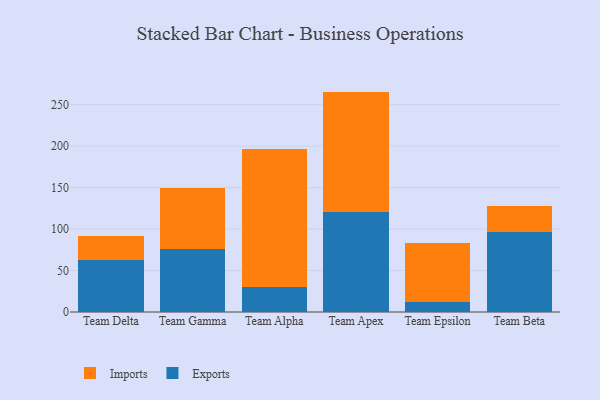
{"axis": {"x": "Team", "y": "Latency (ms)"}, "legend": ["Exports", "Imports"], "data": [{"x": "Team Delta", "y": 63.2, "type": "Exports"}, {"x": "Team Delta", "y": 28.8, "type": "Imports"}, {"x": "Team Gamma", "y": 76.1, "type": "Exports"}, {"x": "Team Gamma", "y": 73.5, "type": "Imports"}, {"x": "Team Alpha", "y": 30.0, "type": "Exports"}, {"x": "Team Alpha", "y": 166.4, "type": "Imports"}, {"x": "Team Apex", "y": 120.5, "type": "Exports"}, {"x": "Team Apex", "y": 145.3, "type": "Imports"}, {"x": "Team Epsilon", "y": 11.6, "type": "Exports"}, {"x": "Team Epsilon", "y": 71.6, "type": "Imports"}, {"x": "Team Beta", "y": 97.0, "type": "Exports"}, {"x": "Team Beta", "y": 30.6, "type": "Imports"}]}